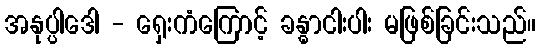
အနုပ္ပါဒေါ - ရှေးကံကြောင့် ခန္ဓာငါးပါး မဖြစ်ခြင်းသည်။